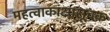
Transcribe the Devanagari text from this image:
महत्वाकांक्षासूचक